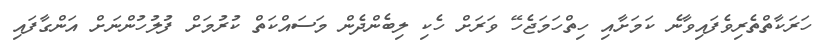
ހަރަކާތްތެރިވެފައިވާނެ ކަމަށާއި ހިތްހަމަޖެހޭ ވަރަށް ހެކި ލިބެންދެން މަސައްކަތް ކުރުމަށް ފުލުހުންނަށް އަންގާފައި